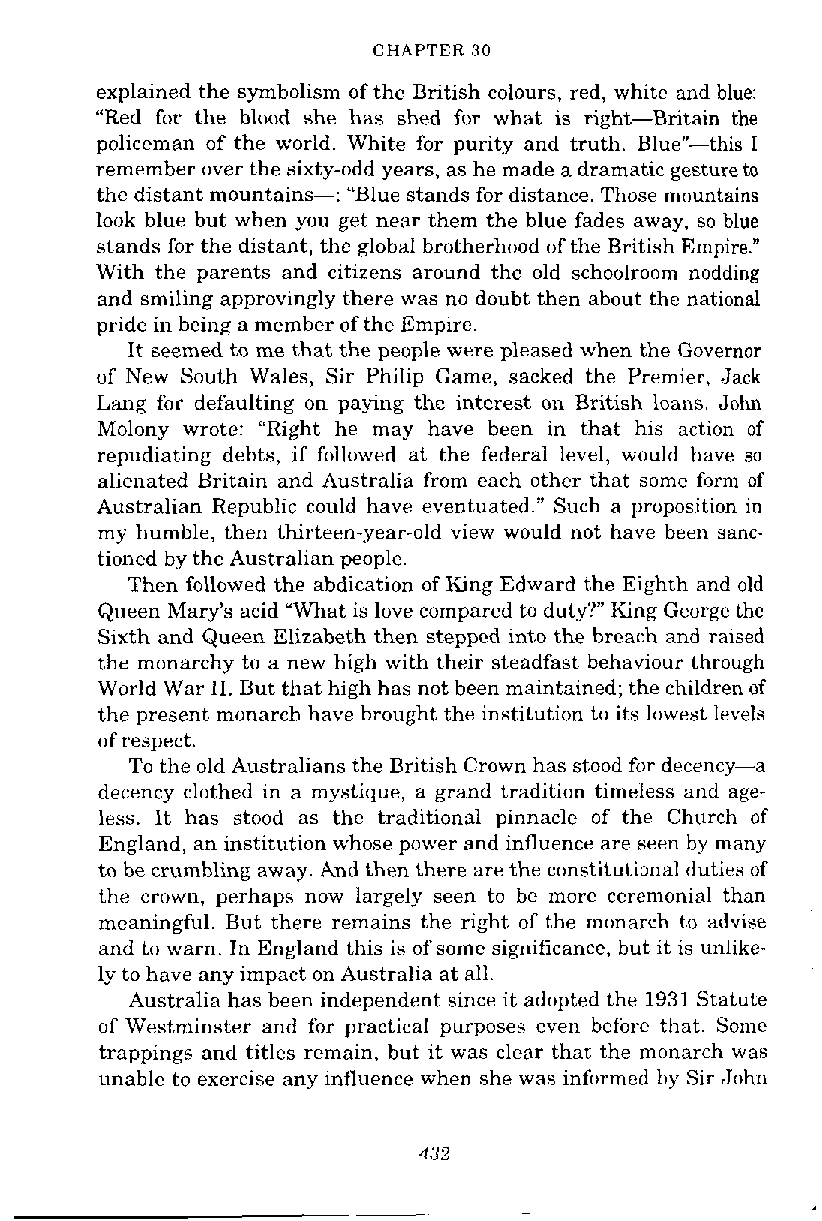
CHAPTER 30
 explained the symbolism of the British colours, red, white and blue:
 "Red for the blood she has shed for what is right-Britain the
 policeman of the world. White for purity and truth. Bluen-this I
 remember over the sixty-odd years, as he made a dramatic gesture to
 the distant mountains-: "Blue stands for distance. Those mountains
 look blue but when you get near them the blue fades away, so blue
 stands for the distant, the global brotherhood of the British Empire."
 With the parents and citizens around the old schoolroom nodding
 and smiling approvingly there was no doubt then about the national
 pride in being a member of the Empire.
 It seemed to me that the people were pleased when the Governor
 of New South Wales, Sir Philip Game, sacked the Premier. Jack
 Lang for defaulting on paying the interest on British loans. John
 Molony wrote: "Right he may have been in that his action of
 repudiating debts, if followed at the federal level, would have so
 alienated Britain and Australia from each other that some form of
 Australian Republic could have eventuated." Such a proposition in
 my humble, then thirteen-year-old view would not have been sanc-
 tioned by the Australian people.
 Then followed the abdication of King Edward the Eighth and old
 Queen Mary's acid "What is love compared to duty?" King George the
 Sixth and Queen Elizabeth then stepped into the breach and raised
 the monarchy to a new high with their steadfast behaviour through
 World War 11. But that high has not been maintained; the children of
 the present monarch have brought the institution to its lowest levels
 of respect.
 To the old Australians the British Crown has stood for decency-a
 decency clothed in a mystique, a grand tradition timeless and age-
 less. It has stood as the traditional pinnacle of the Church of
 England, an institution whose power and influence are seen by many
 to be crumbling away. And then there are the constitutional duties of
 the crown, perhaps now largely seen to be more ceremonial than
 meaningful. But there remains the right of the monarch to advise
 and to warn. In England this is of some significance, but it is unlike-
 ly to have any impact on Australia at all.
 Australia has been independent since it adopted the 1931 Statute
 of Westminster and for practical purposes even before that. Some
 trappings and titles remain, but it was clear that the monarch was
 unable to exercise any influence when she was informed by Sir John